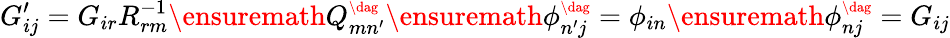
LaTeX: G_{ij}^{\prime}=G_{ir}R_{rm}^{-1}\ensuremath{Q_{mn^{\prime}}^{\scriptscriptstyle\dag}}\ensuremath{\phi_{n^{\prime}j}^{\scriptscriptstyle\dag}}=\phi_{in}\ensuremath{\phi_{nj}^{\scriptscriptstyle\dag}}=G_{ij}